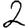
Digit: 2